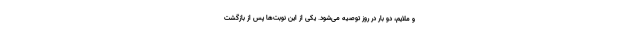
و ملایم، دو بار در روز توصیه می‌شود. یکی از این نوبت‌ها پس از بازگشت